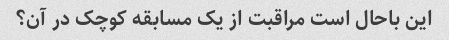
این باحال است مراقبت از یک مسابقه کوچک در آن؟